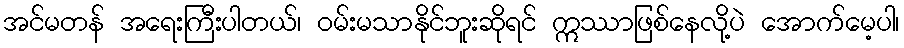
အင်မတန် အရေးကြီးပါတယ်၊ ဝမ်းမသာနိုင်ဘူးဆိုရင် ဣဿာဖြစ်နေလို့ပဲ အောက်မေ့ပါ၊